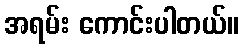
အရမ်း ကောင်းပါတယ်။